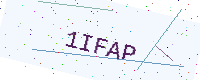
Text: 1IFAP